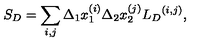
{ S } _ { D } = \sum _ { i , j } \Delta _ { 1 } x _ { 1 } ^ { ( i ) } \Delta _ { 2 } x _ { 2 } ^ { ( j ) } { { L } _ { D } } ^ { ( i , j ) } ,